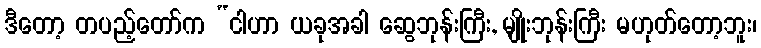
ဒီတော့ တပည့်တော်က “ငါဟာ ယခုအခါ ဆွေဘုန်းကြီး, မျိုးဘုန်းကြီး မဟုတ်တော့ဘူး၊